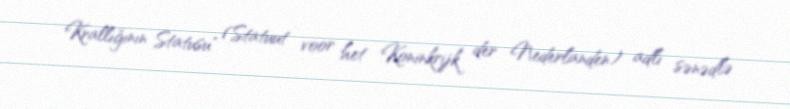
Krallığının Statusu" (Statuut voor het Koninkrijk der Nederlanden) adlı sənədlə